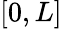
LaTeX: [0,L]